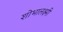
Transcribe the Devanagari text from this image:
शोभालक्ष्मी